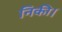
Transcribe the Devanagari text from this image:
निकी।